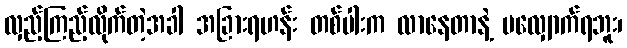
လှည့်ကြည့်လိုက်တဲ့အခါ အခြားရဟန်း တစ်ပါးက လာနေတာနဲ့ မလျှောက်ရဘူး၊